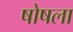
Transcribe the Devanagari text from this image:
षोषला